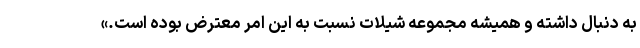
به دنبال داشته و همیشه مجموعه شیلات نسبت به این امر معترض بوده‌ است.»